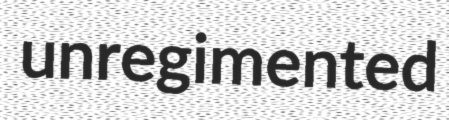
unregimented